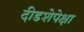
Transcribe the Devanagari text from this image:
दीडशेपेक्षा